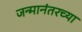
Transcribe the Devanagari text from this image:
जन्मानंतरच्या